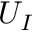
U _ { I }